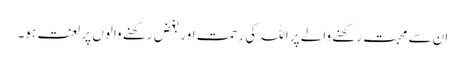
ان سے محبت رکھنے والے پر اللہ کی رحمت اور بغض رکھنے والوں پر لعنت ہو۔